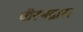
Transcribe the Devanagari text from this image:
वीरभद्रास